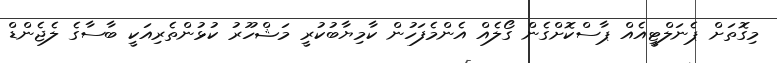
މިގޮތަށް ޕެނަލްޓީއެއް ޕާސްކޮށްގެން ގޯލެއް އެންމެފަހުން ކާމިޔާބުކުރީ މަޝްހޫރު ކުޅުންތެރިއަކީ ބާސާގެ ލެޖެންޑް